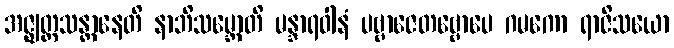
အဇ္ဈတ္တသန္တာနေတိ နာဘိသမ္ဘောတိ မန္ဒာရဝါနံ ပဗ္ဗာဇေတဗ္ဗောပေ ဂမကော ရာဇိသယော